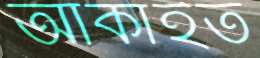
আঁকাইত